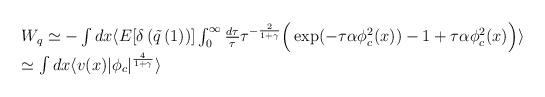
LaTeX: \begin{align*}\begin{array}{l} W_{q}\simeq - \int dx \langle E[ \delta\left(\tilde{q}\left(1\right)\right)]\int_{0}^{\infty} \frac{d\tau}{\tau} \tau^{-\frac{2}{1+\gamma}} \Big( \exp(-\tau \alpha\phi_{c}^{2}(x) ) -1 +\tau\alpha\phi_{c}^{2}(x) \Big) \rangle \cr \simeq \int dx \langle v(x) \vert\phi_{c}\vert^{\frac{4}{1+\gamma}}\rangle\end{array}\end{align*}